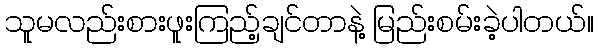
သူမလည်းစားဖူးကြည့်ချင်တာနဲ့ မြည်းစမ်းခဲ့ပါတယ်။